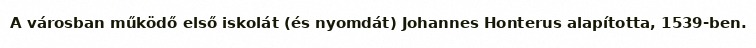
A városban működő első iskolát (és nyomdát) Johannes Honterus alapította, 1539-ben.